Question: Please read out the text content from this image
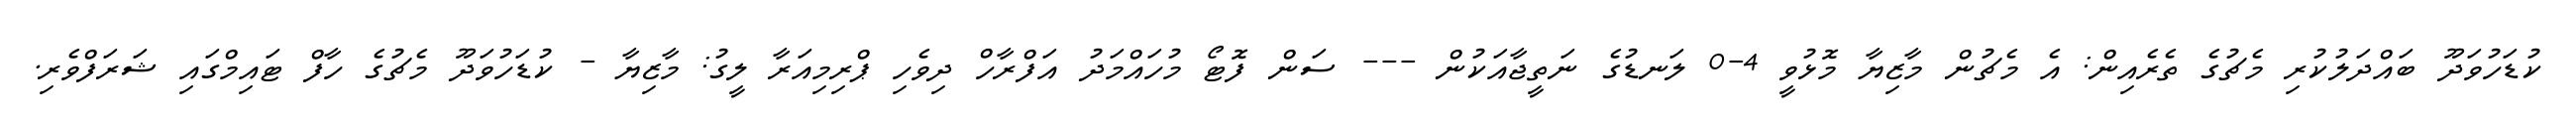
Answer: ކުޑަހުވަދޫ ބައްދަލުކުރި މެޗުގެ ތެރެއިން: އެ މެޗުން މާޒިޔާ މޮޅުވީ 4-0 ލަނޑުގެ ނަތީޖާއަކުން --- ސަން ފޮޓޯ މުހައްމަދު އަފްރާހް ދިވެހި ޕްރިމިއަރާ ލީގު: މާޒިޔާ - ކުޑަހުވަދޫ މެޗުގެ ހާފް ޓައިމްގައި ޝަރަފްވެރި.